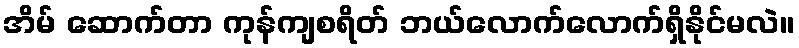
အိမ် ဆောက်တာ ကုန်ကျစရိတ် ဘယ်လောက်လောက်ရှိနိုင်မလဲ။